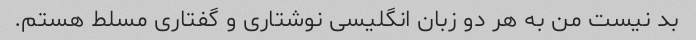
بد نیست من به هر دو زبان انگلیسی نوشتاری و گفتاری مسلط هستم.